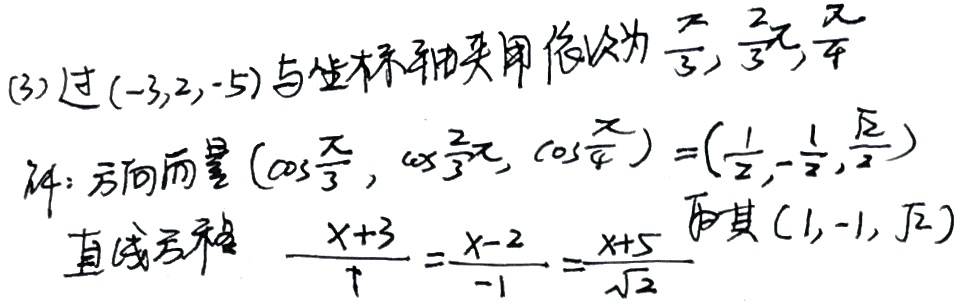
(3) 过\((-3,2,-5)\)与坐标轴夹角依次为\(\frac{\pi}{3},\frac{2\pi}{3},\frac{\pi}{4}\)。
解：方向向量\((\cos\frac{\pi}{3},\cos\frac{2\pi}{3},\cos\frac{\pi}{4}) = (\frac{1}{2},-\frac{1}{2},\frac{\sqrt{2}}{2})\)。
直线方程\(\frac{x + 3}{1}=\frac{y - 2}{-1}=\frac{z + 5}{\sqrt{2}}\)